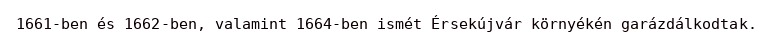
1661-ben és 1662-ben, valamint 1664-ben ismét Érsekújvár környékén garázdálkodtak.